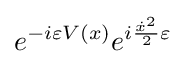
e^{-i\varepsilon V(x)}e^{i{\frac {{\dot {x}}^{2}}{2}}\varepsilon }